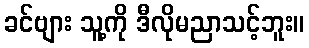
ခင်ဗျား သူ့ကို ဒီလိုမညာသင့်ဘူး။